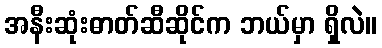
အနီးဆုံးဓာတ်ဆီဆိုင်က ဘယ်မှာ ရှိလဲ။